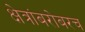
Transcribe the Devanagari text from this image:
क्षेत्रांबरोबरच